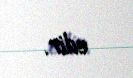
edir.